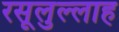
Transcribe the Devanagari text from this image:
रसूलुल्‍लाह